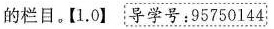
的栏目。【1.0】： 导学号：95750144